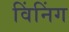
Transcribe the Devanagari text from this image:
विंनिंग